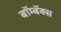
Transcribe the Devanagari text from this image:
बॉम्बॅक्स